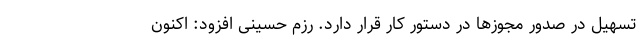
تسهیل در صدور مجوزها در دستور کار قرار دارد. رزم حسینی افزود: اکنون